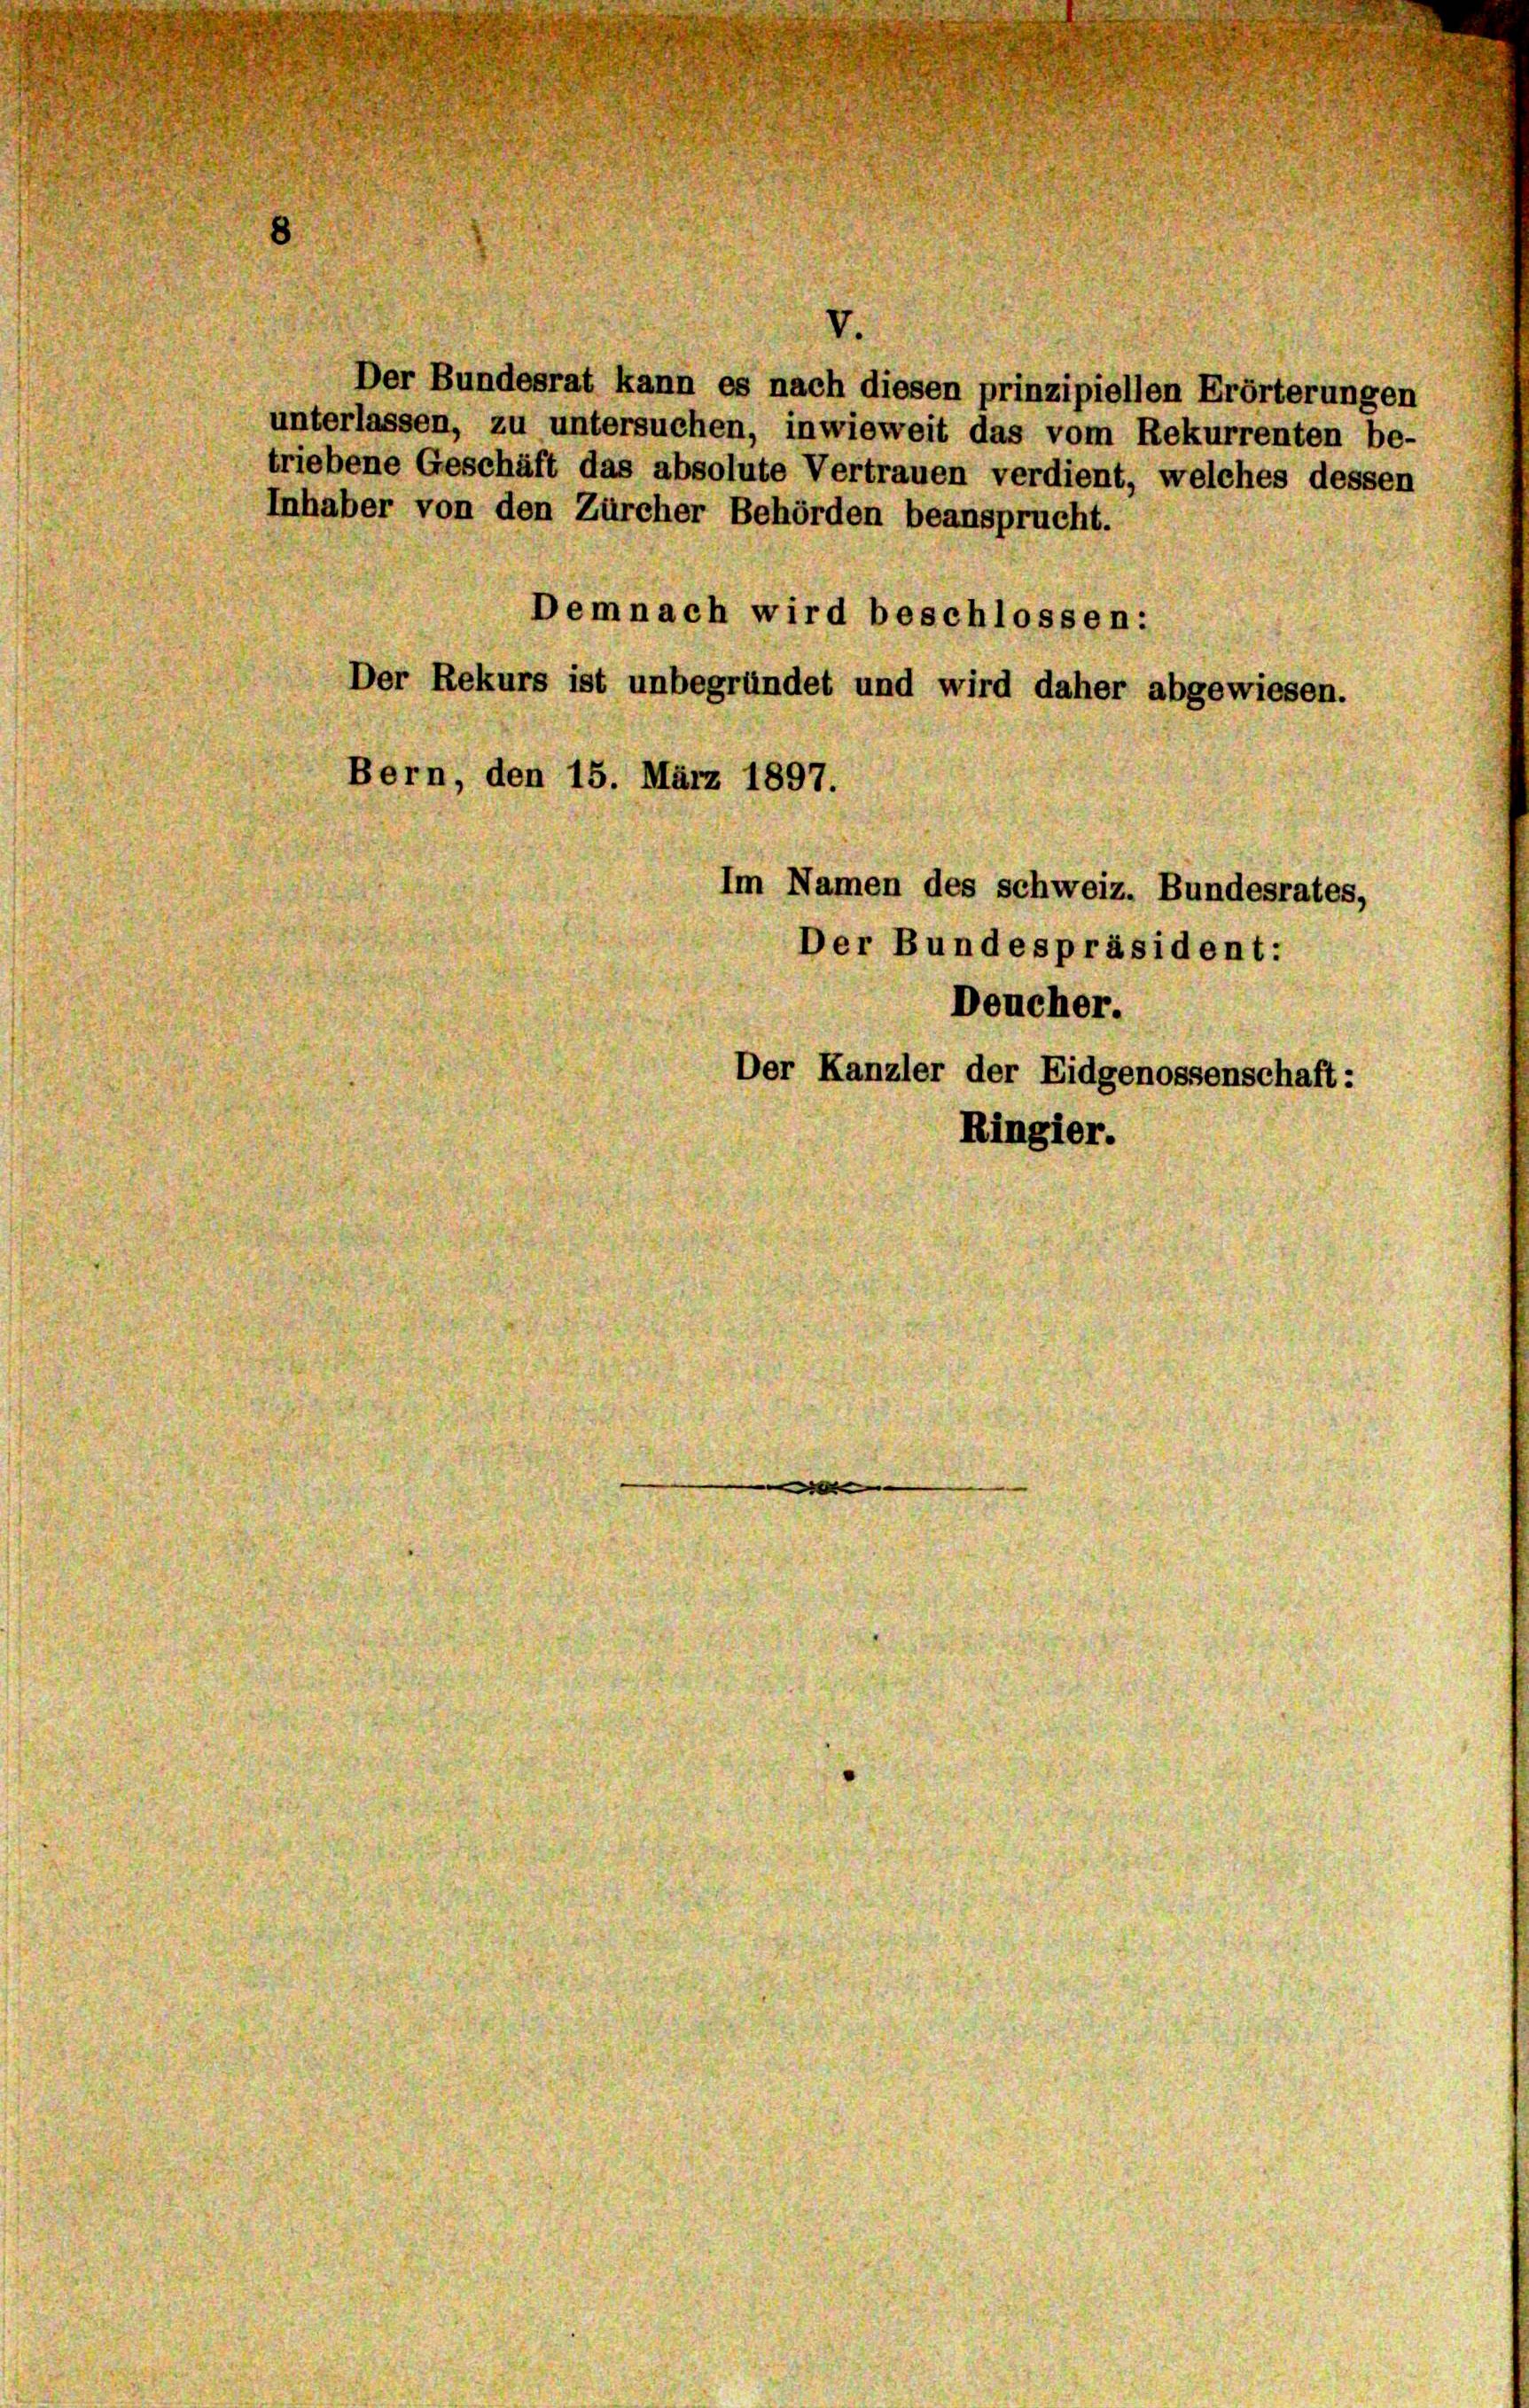
Der Bundesrat kann es nach diesen prinzipiellen Erörterungen
unterlassen, zu untersuchen, inwieweit das vom Rekurrenten be-
triebene Geschäft das absolute Vertrauen verdient, welches dessen
Inhaber von den Zürcher Behörden beansprucht.
Demnach wird beschlossen:
der Rekurs ist unbegründet und wird daher abgewiesen.
Bern, den 15. März 1897.
Im Namen des schweiz. Bundesrates,
Der Bundespräsident:

Deucher.
Der Kanzler der Eidgenossenschaft:
Ringier.